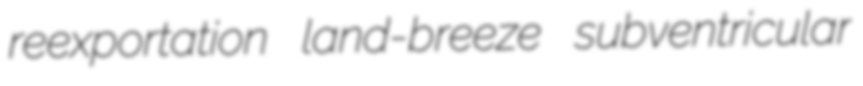
reexportation land-breeze subventricular